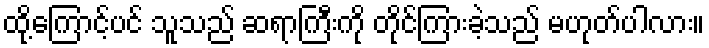
ထို့ကြောင့်ပင် သူသည် ဆရာကြီးကို တိုင်ကြားခဲ့သည် မဟုတ်ပါလား။